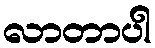
လာတာပါ